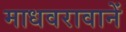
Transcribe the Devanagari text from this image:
माधवरावानें